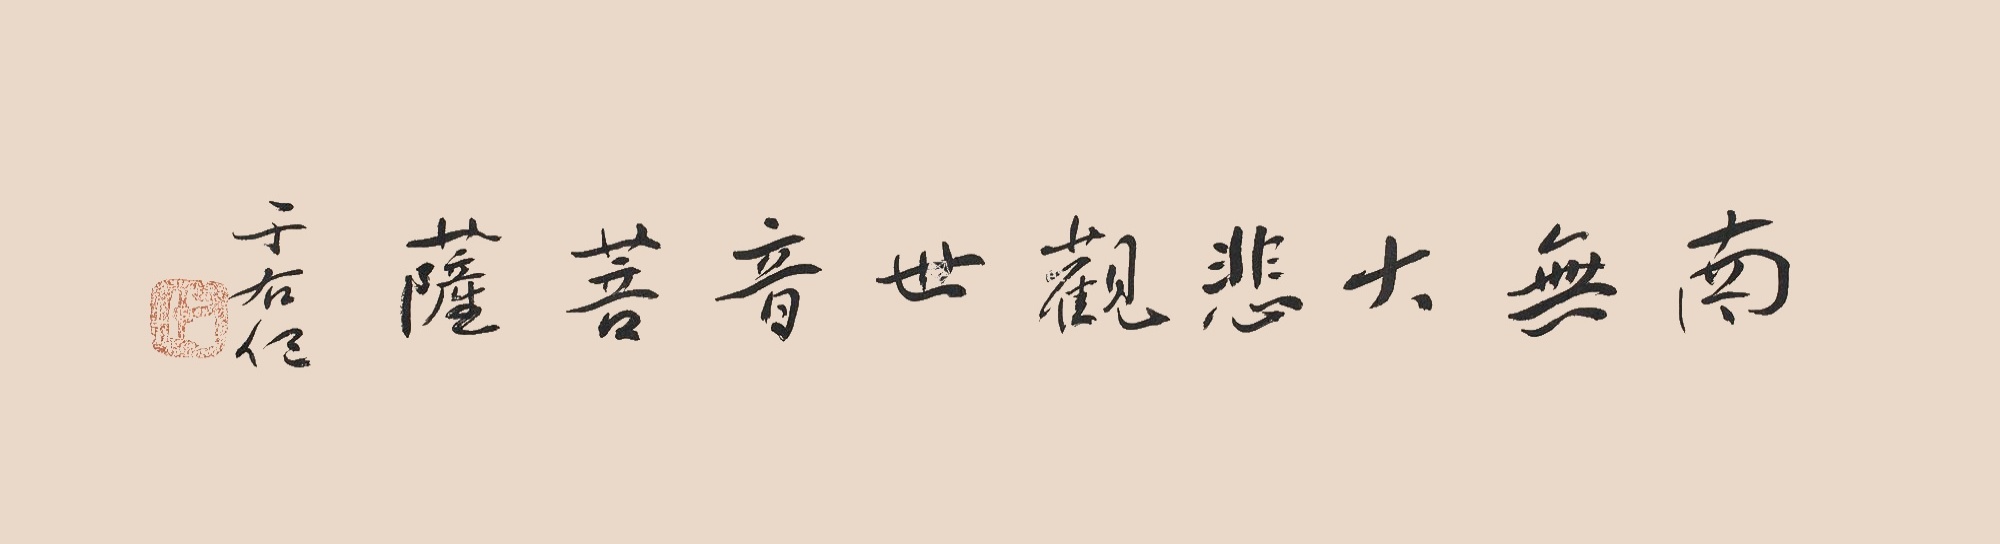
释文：南无大悲观世音菩萨于右任